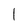
Character: 1